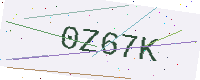
Text: 0Z67K